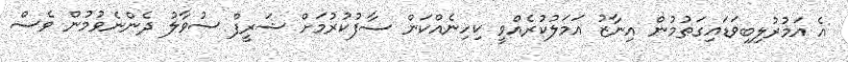
އެ އަމުރުލިބިވަޑައިގަތުމުން އިނާޒު އަމަލުކުރެއްވީ ކިހިނެއްކަން ސާފުކުރުމަށް ޝަރީފް ސުވާލު ދެންނެވުމުން ވެސް